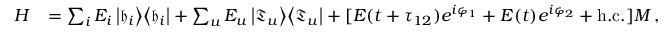
\begin{array} { r l } { H } & { = \sum _ { i } E _ { i } \left| \mathfrak { h } _ { i } \right> \! \left< \mathfrak { h } _ { i } \right| + \sum _ { u } E _ { u } \left| \mathfrak { T } _ { u } \right> \! \left< \mathfrak { T } _ { u } \right| + [ \ensuremath { { \cal E } } ( t + \tau _ { 1 2 } ) e ^ { i \varphi _ { 1 } } + \ensuremath { { \cal E } } ( t ) e ^ { i \varphi _ { 2 } } + \mathrm { h . c . } ] M \, , } \end{array}